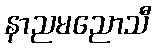
နာညမညောသီ